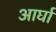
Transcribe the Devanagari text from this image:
आर्घा